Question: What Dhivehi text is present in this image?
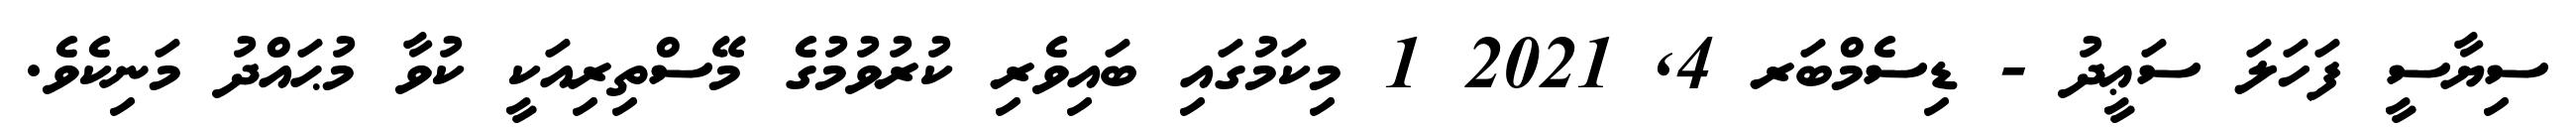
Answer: ސިޔާސީ ފަހަލަ ސަޢީދު - ޑިސެމްބަރ 4, 2021 1 މިކަމުގައި ބައިވެރި ކުރުވުމުގެ މޭސްތިރިއަކީ ކުވާ މުޙައްދު މަނިކެވެ.